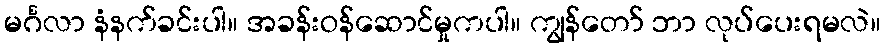
မင်္ဂလာ နံနက်ခင်းပါ။ အခန်းဝန်ဆောင်မှုကပါ။ ကျွန်တော် ဘာ လုပ်ပေးရမလဲ။